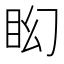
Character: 𥄠